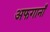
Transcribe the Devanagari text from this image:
अफगानाँं